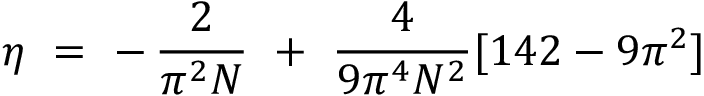
\eta ~ = ~ - \, \frac { 2 } { \pi ^ { 2 } N } ~ + ~ \frac { 4 } { 9 \pi ^ { 4 } N ^ { 2 } } [ 1 4 2 - 9 \pi ^ { 2 } ]